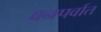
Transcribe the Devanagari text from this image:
वनपर्वात